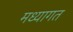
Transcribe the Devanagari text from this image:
मध्यागत